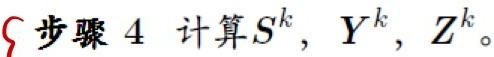
步骤 4 计算 $S^{k}, Y^{k}, Z^{k}$。